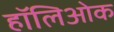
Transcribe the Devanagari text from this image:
हॉलिओक